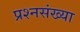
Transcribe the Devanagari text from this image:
प्रश्नसंख्या